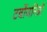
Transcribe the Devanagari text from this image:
टर्बोजनित्रों